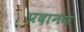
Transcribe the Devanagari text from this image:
प्रदानम